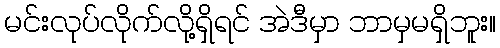
မင်းလုပ်လိုက်လို့ရှိရင် အဲဒီမှာ ဘာမှမရှိဘူး။